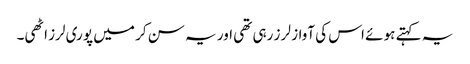
یہ کہتے ہو ئے اس کی آواز لر ز رہی تھی اور یہ سن کر میں پو ری لرز اٹھی۔